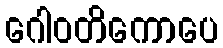
ဂေါဝတိကောပေ